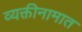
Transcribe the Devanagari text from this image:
व्यक्तीनामात